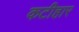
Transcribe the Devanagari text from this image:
कटीहार